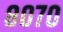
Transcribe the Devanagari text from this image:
८०७०